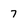
Character: 7